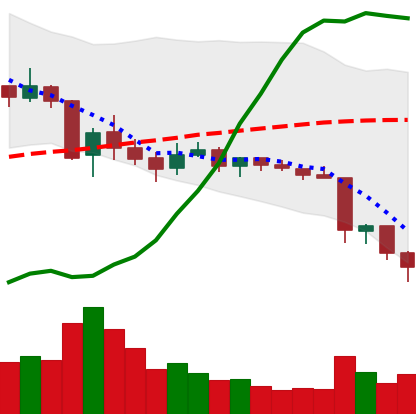
Ticker: TRX-USD
Chart end date: 2018-06-13
Forward return: 8.579%
Label: up_7plus